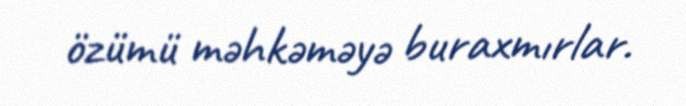
özümü məhkəməyə buraxmırlar.